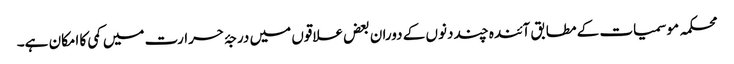
محکمہ موسمیات کے مطابق آئندہ چند دنوں کے دوران بعض علاقوں میں درجۂ حرارت میں کمی کا امکان ہے۔